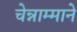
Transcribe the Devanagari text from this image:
चेन्नाम्माने